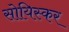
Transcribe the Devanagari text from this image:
सोयिस्कर